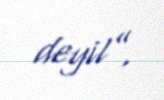
deyil”.